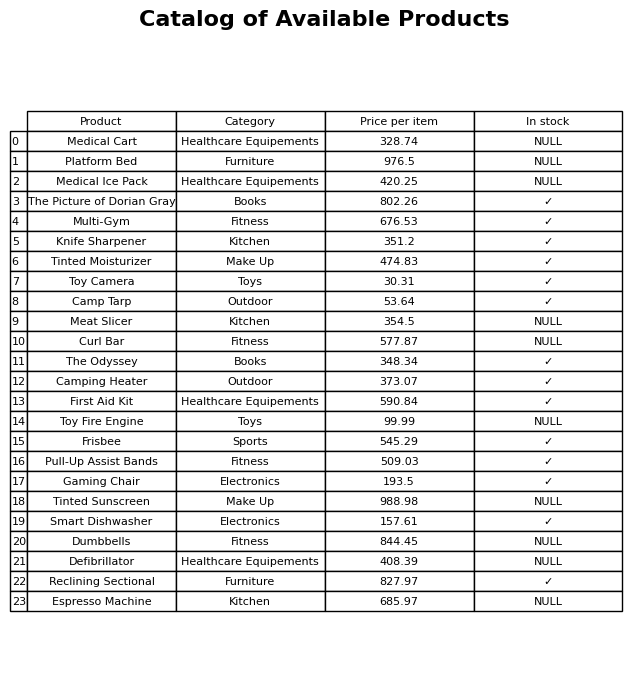
question: What is the price for Smart Dishwasher?
answer: The price of Smart Dishwasher is 157.61.